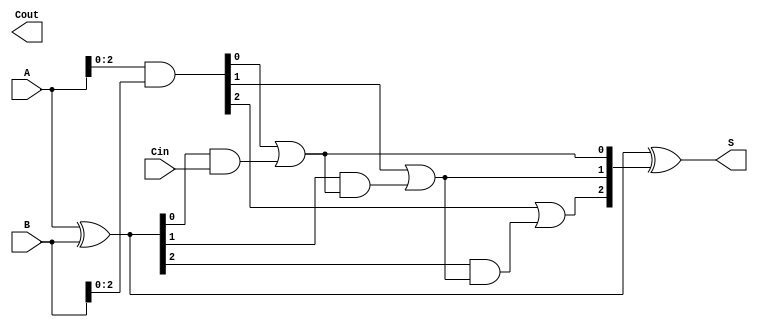
module CarryLookaheadAdder #(parameter n = 4) (
    input  [n-1:0] A,  // First n-bit binary number
    input  [n-1:0] B,  // Second n-bit binary number
    input         Cin,  // Carry input
    output [n-1:0] S,   // n-bit sum output
    output        Cout   // Carry output
);

// Generate and propagate signals
wire [n-1:0] G; // Generate signals
wire [n-1:0] P; // Propagate signals
wire [n:0] C;   // Carry signals

// Generate and Propagate Logic
assign G = A & B;                // Gi = Ai AND Bi
assign P = A ^ B;                // Pi = Ai XOR Bi

// Carry Calculation
assign C[0] = Cin;               // C0 = Cin
generate
    genvar i;
    for (i = 0; i < n-1; i = i + 1) begin : carry_logic
        assign C[i+1] = G[i] | (P[i] & C[i]); // Ci+1 = Gi OR (Pi AND Ci)
    end
endgenerate

// Sum Calculation
assign S = P ^ C[n-1:1]; // Si = Ai XOR Bi XOR Ci

// Carry Output
assign Cout = C[n];      // Final carry output

endmodule